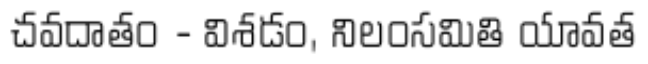
చవదాతం - విశడం, నిలంసమితి యావత